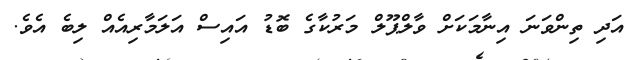
އަދި ތިންވަނަ އިނާމަކަށް ވާލްޕޫލް މަރުކާގެ ބޮޑު އައިސް އަލަމާރިއެއް ލިބެ އެވެ.